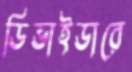
ডিভাইডারে